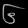
Digit: ၆